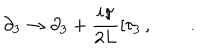
\partial _ { 3 } \rightarrow \partial _ { 3 } + \frac { i \pi } { 2 L } \left[ \tau _ { 3 } \right. , \qquad .